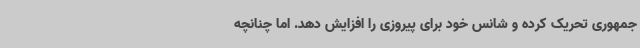
جمهوری تحریک کرده و شانس خود برای پیروزی را افزایش دهد. اما چنانچه